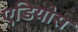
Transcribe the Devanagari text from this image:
एडियोस